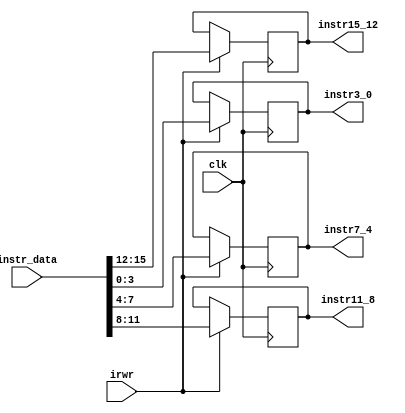
/*************************************************************
Design Name 	: 
File Name   	: .v
Function    	: 
Coder		    	: 
Last Modified	: 
*************************************************************/

module instr_reg(instr_data,irwr, clk,instr15_12, instr11_8, instr7_4, instr3_0);
	input [15:0] instr_data;
	input irwr,clk;
	output [3:0] instr15_12, instr11_8, instr7_4, instr3_0;

	reg [3:0] instr15_12, instr11_8, instr7_4, instr3_0;

	always @(posedge clk)
	begin
		if(irwr)
		begin
			$display($time,"	At this posedge Instruction register=memory[pc]=%hh",instr_data);
			instr15_12=instr_data[15:12];
			instr11_8=instr_data[11:8];
			instr7_4=instr_data[7:4];
			instr3_0=instr_data[3:0];
		end
	end
	
endmodule